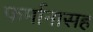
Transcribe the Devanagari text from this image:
फर्मानासह